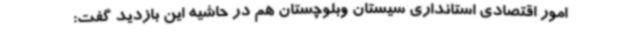
امور اقتصادی استانداری سیستان وبلوچستان هم در حاشیه این بازدید گفت: